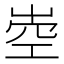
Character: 𡹝